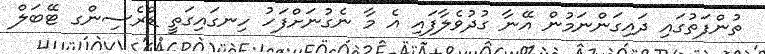
ތުންފަތުގައި ދައިގަންނަމުން އޭނާ ގުދުވެލާފައި އެ މާ ނެގުނަށްފަހު ހިނގައިގަތީ ޑްރެސިންގ ޓޭބަލް